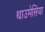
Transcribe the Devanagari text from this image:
थाउमेसिया